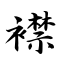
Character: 襟